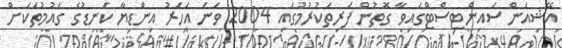
އޭޝިއަން ސައިންޓިސްޓްގައިވާ ގޮތުން ފަރިތަކުރުމުގައި 2004 ވަނަ އަހަރު އިންޑިޔާ ކަނޑުގެ ގައުމުތަކަށް